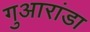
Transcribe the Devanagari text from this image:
गुआरांडा